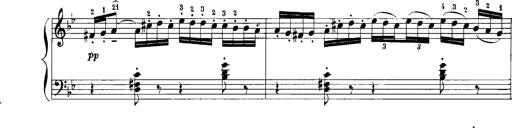
Title: Rhapsodies hongroises
Composer: Franz Liszt